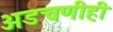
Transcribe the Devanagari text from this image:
अडचणीही